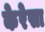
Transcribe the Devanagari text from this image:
केरेसा